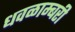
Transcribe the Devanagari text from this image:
धवळाम्बरी